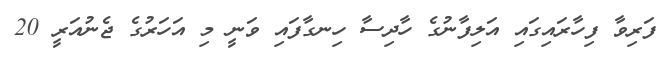
ފަރިވާ ފިހާރައިގައި އަލިފާނުގެ ހާދިސާ ހިނގާފައި ވަނީ މި އަހަރުގެ ޖެނުއަރީ 20